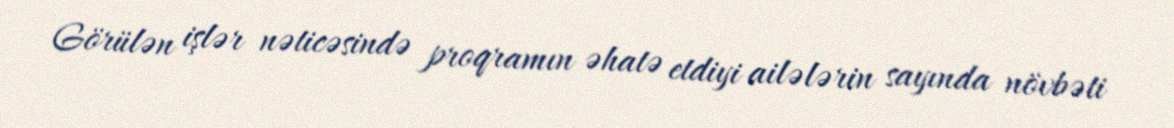
Görülən işlər nəticəsində proqramın əhatə etdiyi ailələrin sayında növbəti